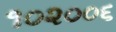
૧૦૨૦૦૬